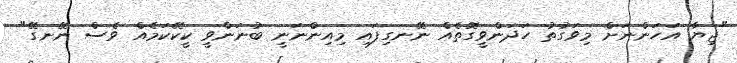
"ޖިޔާ އަހަންނަށް މިވަގުތު ހަދަންވީގޮތެއް ނޭނގިފައި މިއިންނަނީ ބުނަންވީ ކީކޭކަމެއް ވެސް ނޭނގޭ"